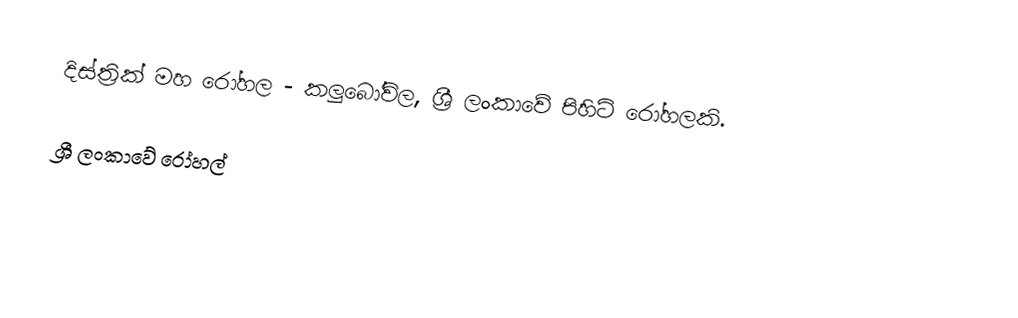
දිස්ත්‍රික් මහ රෝහල - කලුබෝවිල, ශ්‍රී ලංකාවේ පිහිටි රෝහලකි.

ශ්‍රී ලංකාවේ රෝහල්